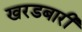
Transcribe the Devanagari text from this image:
खरडबारी